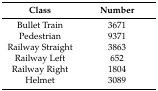
| Class | Number |
 | --- | --- |
 | Bullet Train | 3671 |
 | Pedestrian | 9371 |
 | Railway Straight | 3863 |
 | Railway Left | 652 |
 | Railway Right | 1804 |
 | Helmet | 3089 |